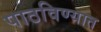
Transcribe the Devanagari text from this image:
पाठविण्‍यात